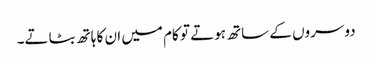
دوسروں کے ساتھ ہوتے تو کام میں ان کا ہاتھ بٹاتے۔